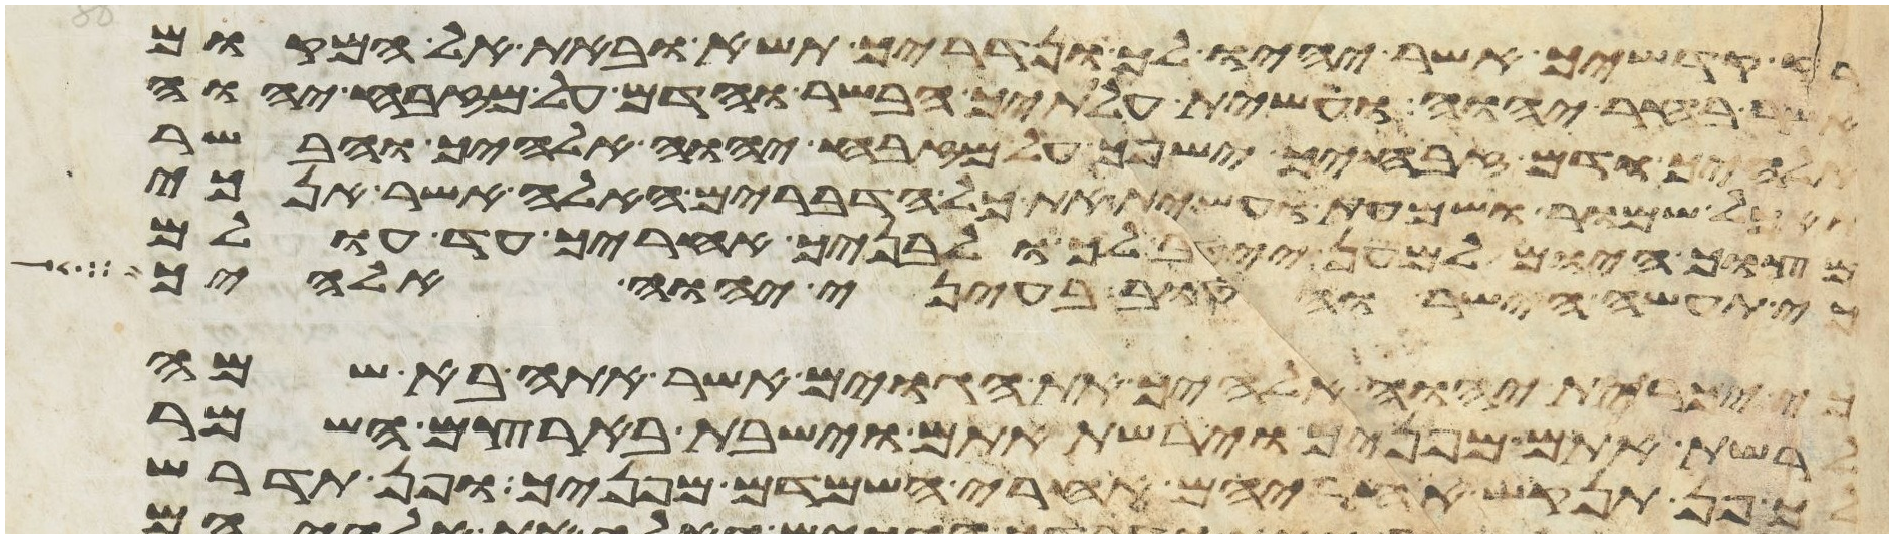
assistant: קדשיך אשר יהיו לך ונדריך תשא ובאת אל המקום
אשר בחר יהוה ועשית עלתיך הבשר והדם על מזבח יהוה
אלהיך ודם זבחיך ישפך על מזבח יהוה אלהיך והבשר
תאכל שמור ושמעת ועשית את כל הדברים האלה אשר אנכי
מצוך היום למען ייטב לך ולבניך אחריך עד עולם
כי תעשה הישר והטוב בעיני יהוה אלהיך
כי יכרית יהוה אלהיך את הגוים אשר אתה בא שם
לרשת אתם מפניך וירשת אתם וישבת בארצם השמר
לך פן תנקש אחריהם אחרי השמידם מפניך ופן תדרש